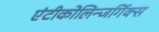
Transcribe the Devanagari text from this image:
एंटीकोलिन्जर्गिक्स